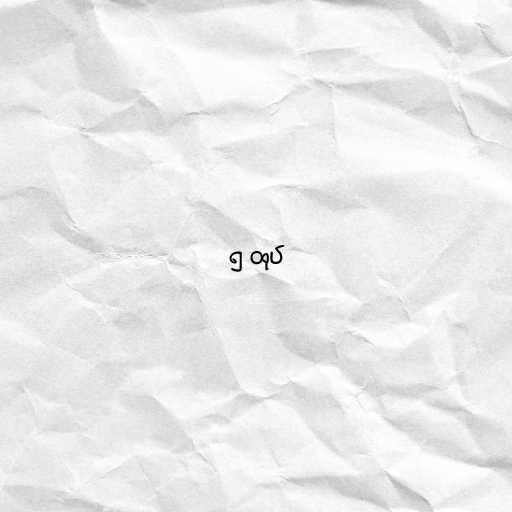
၅ ထုပ်